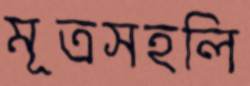
মূত্রসহলি